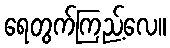
ရေတွက်ကြည့်လေ။